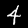
Label: 4